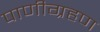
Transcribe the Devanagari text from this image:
पाणीग्रहण